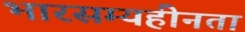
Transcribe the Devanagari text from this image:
भारसम्यहीनता